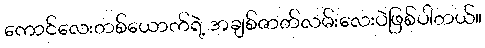
ကောင်လေးတစ်ယောက်ရဲ့ အချစ်ဇာတ်လမ်းလေးပဲဖြစ်ပါတယ်။